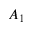
A _ { 1 }